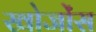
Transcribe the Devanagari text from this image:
खोजोंस